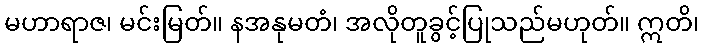
မဟာရာဇ၊ မင်းမြတ်။ နအနုမတံ၊ အလိုတူခွင့်ပြုသည်မဟုတ်။ ဣတိ၊